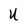
Character: U